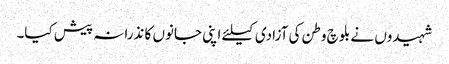
شہیدوں نے بلوچ وطن کی آزادی کیلئے اپنی جانوں کا نذرانہ پیش کیا۔